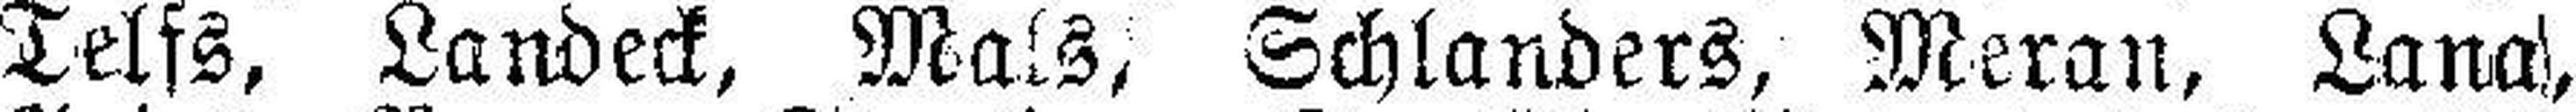
Telfs, Landeck, Mals, Schlanders, Meran, Lana,